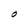
Character: O